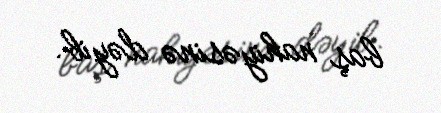
baş nahiyəsinə dəyib.